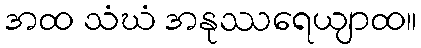
အထ သံဃံ အနုဿရေယျာထ။